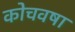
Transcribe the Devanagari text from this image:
कोचवषा